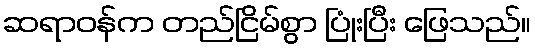
ဆရာဝန်က တည်ငြိမ်စွာ ပြုံးပြီး ဖြေသည်။